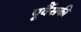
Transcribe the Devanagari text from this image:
पूर्वैसकी